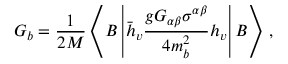
G _ { b } = \frac { 1 } { 2 M } \left\langle B \left| \bar { h } _ { v } \frac { g G _ { \alpha \beta } \sigma ^ { \alpha \beta } } { 4 m _ { b } ^ { 2 } } h _ { v } \right| B \right\rangle \, ,